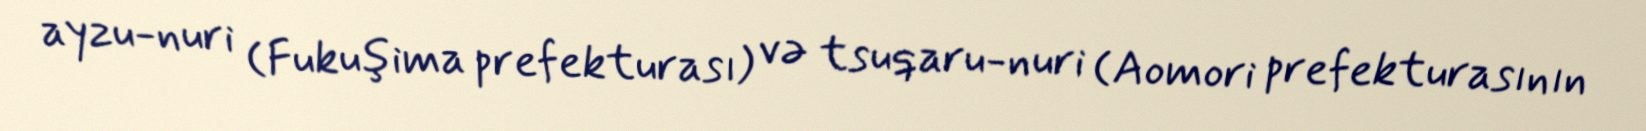
ayzu-nuri (Fukuşima prefekturası) və tsuqaru-nuri (Aomori prefekturasının